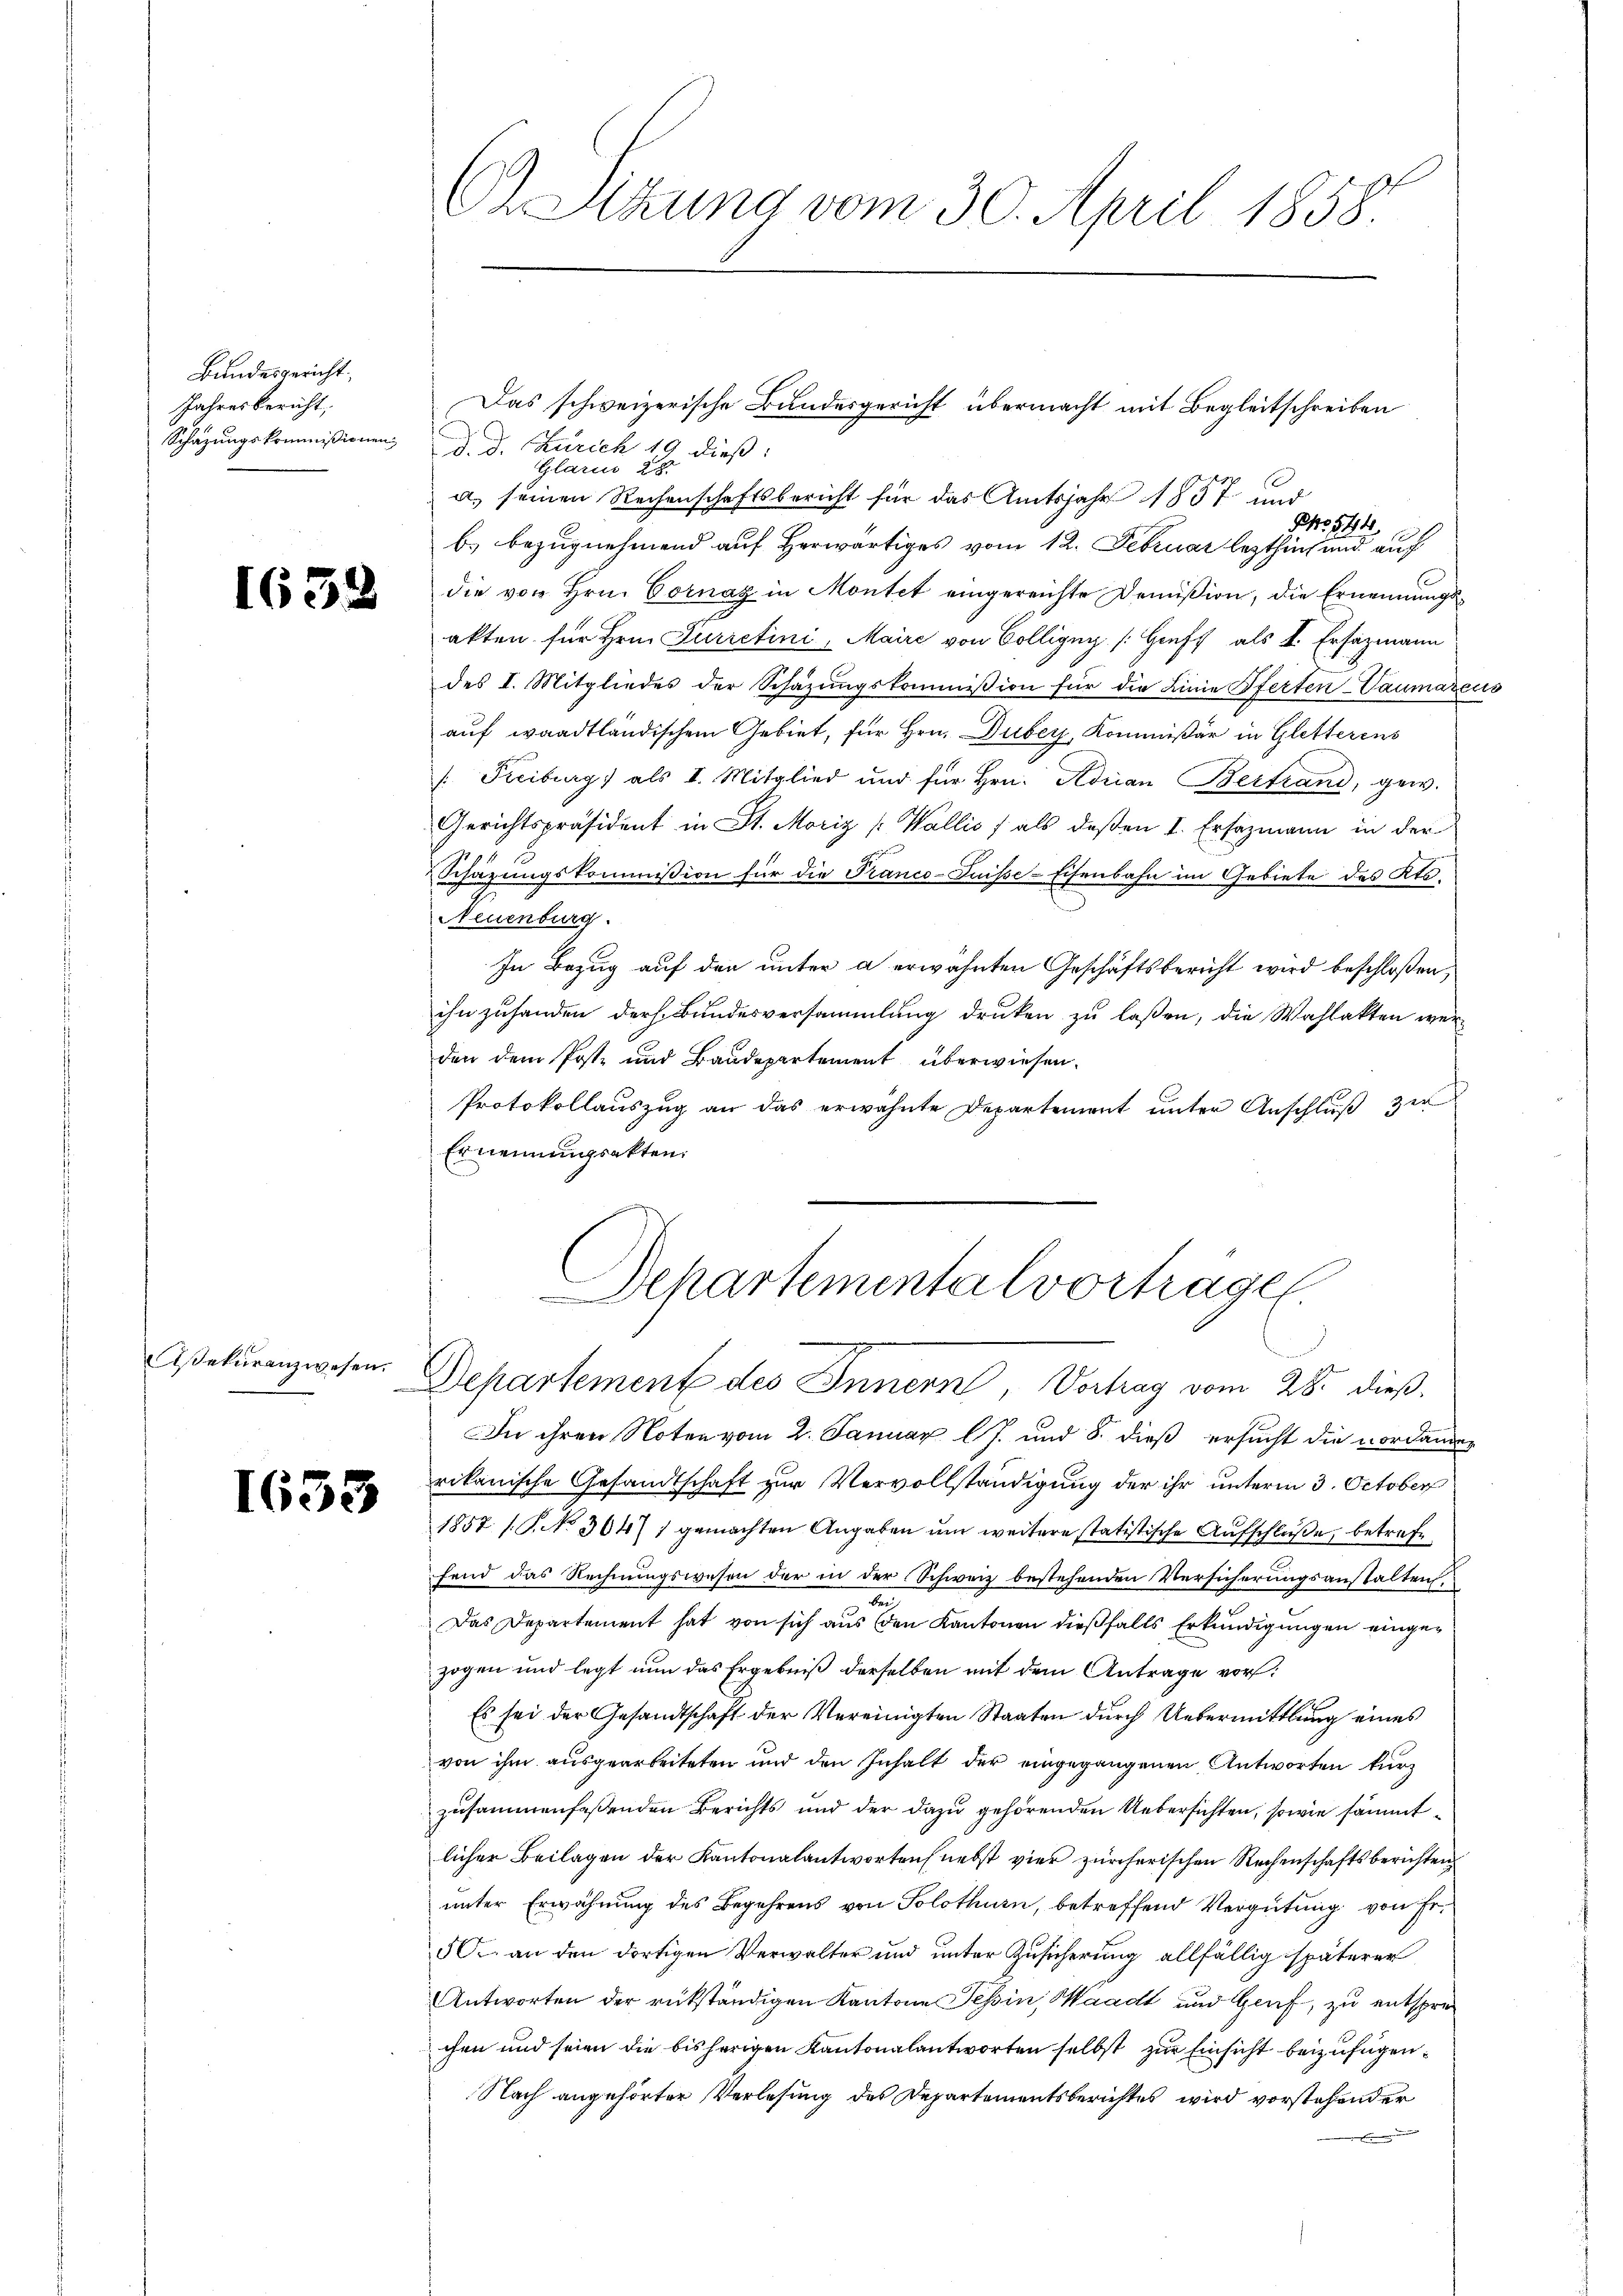
Bundesgericht.
Jahresbericht,

1638

Asekuranzwesen.

1653

Schazungskommißionen d. d. Zürich 19 dieß:
Glarus 28.
a.) seinen Rechenschaftsbericht für das Amtsjahr 1857 und
PNo 544.
b. bezugnehmend auf Herwärtiges vom 12. Februar lezthin und auch
die von Hrn. Cornay in Montet eingereichte Domißion, die Ernennungsakten für Hrn. Furretini, Maire von Colligny [Gruft als I. Ersazmann
des I. Mitgliedes der Schäzŭngskommission für die Linie Pferten-Vaumareus
auf waadtländischem Gebiet, für Hrn. Duber, Kommissär in Gletterens
: Freiburg) als I. Mitglied und für Hrn. Adrian Bertrand, gew.
Gerichtspräsident in St. Moriz [Wallis (als deßen I. Ersazmann in der
Schazungskommission für die Franco-Duisse-Eisenbahn im Gebiete des Kts.
Neuenburg.
In Bezug auf den unter a erwähnten Geschäftsbericht wird beschloßen,
ihn zuhanden ders. Bundesversammlung drucken zu laßen, die Wahlakten werden dem Poste und Baudepartement überwiesen.
Protokollauszug an das erwähnte Departement unter Anschluß zu
Ernennungsakten.
Schartemental vortragen.

C Sizung vom 30. April 1858.

Das schweizerische Bundesgericht übermacht mit Begleitschreiben

Departement des Innern, Vertrag vom 28. dieß

In ihren Noten vom 2. Januar lJ. und 8. dieß ersucht die vorhanden
rikanische Gesandtschaft zur Vervollständigung der ihr unterm 3. October
1857 /.P. No 304 1 gemachten Angaben ŭm weitere statistische Aufschluße, betreffend das Rechnungswesen der in der Schweiz bestehenden Versicherungsanstalten.
be
Das Departement hat von sich aus den Kantonen dießfalls Erkundigungen eingezogen und legt nun das Ergebniß derselben mit dem Antrage vor¬
Es sei der Gesandtschaft der Vereinigten Staaten durch Uebermittlung eines
von ihm ausgearbeiteten und den Inhalt der eingegangenen Antworten kurz
zusammenfassenden Berichts und der dazu gehörenden Uebersichten, sowie sämmtlicher Beilagen der Kantonalantworteil nebst vier zürcherischen Rechenschaftsberichten
unter Erwähnung des Begehrens von Solothurn, betreffend Vergütung von Er¬
5C. an den dortigen Verwalter und unter Zusicherung allfällig späterer
Antworten der rükständigen Kantone Tessin, Waadt und Genf, zu entsprechen und seien die bisherigen Kantonalantworten selbst zur Einsicht beizufügen¬
Nach angehörter Verlesung des Departementsberichtes wird vorstehender